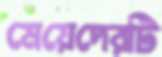
মেয়েদেরটি